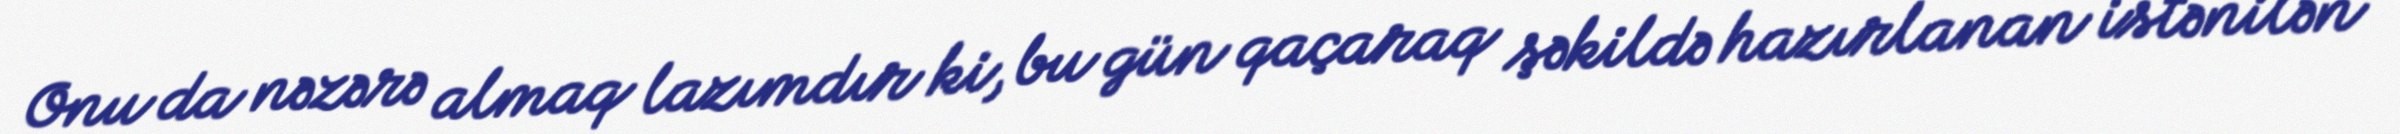
Onu da nəzərə almaq lazımdır ki, bu gün qaçaraq şəkildə hazırlanan istənilən